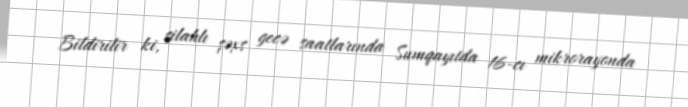
Bildirilir ki, silahlı şəxs gecə saatlarında Sumqayıtda 16-cı mikrorayonda